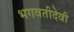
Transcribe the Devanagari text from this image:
भगवतीदेवी